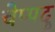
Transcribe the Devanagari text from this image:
चेप्पदु